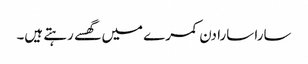
سارا سارا دن کمرے میں گھسے رہتے ہیں۔